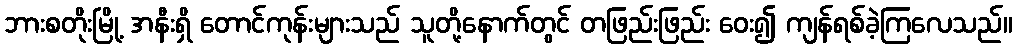
ဘားစတိုးမြို့ အနီးရှိ တောင်ကုန်းများသည် သူတို့နောက်တွင် တဖြည်းဖြည်း ဝေး၍ ကျန်ရစ်ခဲ့ကြလေသည်။